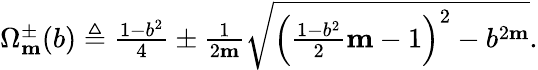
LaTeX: \begin{array}{r}{\Omega_{\mathbf{m}}^{\pm}(b)\triangleq\frac{1-b^{2}}{4}\pm\frac{1}{2\mathbf{m}}\sqrt{\left(\frac{1-b^{2}}{2}\mathbf{m}-1\right)^{2}-b^{2\mathbf{m}}}.}\end{array}